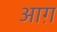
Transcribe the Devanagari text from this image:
आग़